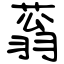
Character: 蓊